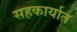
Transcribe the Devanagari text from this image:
सहकार्यात